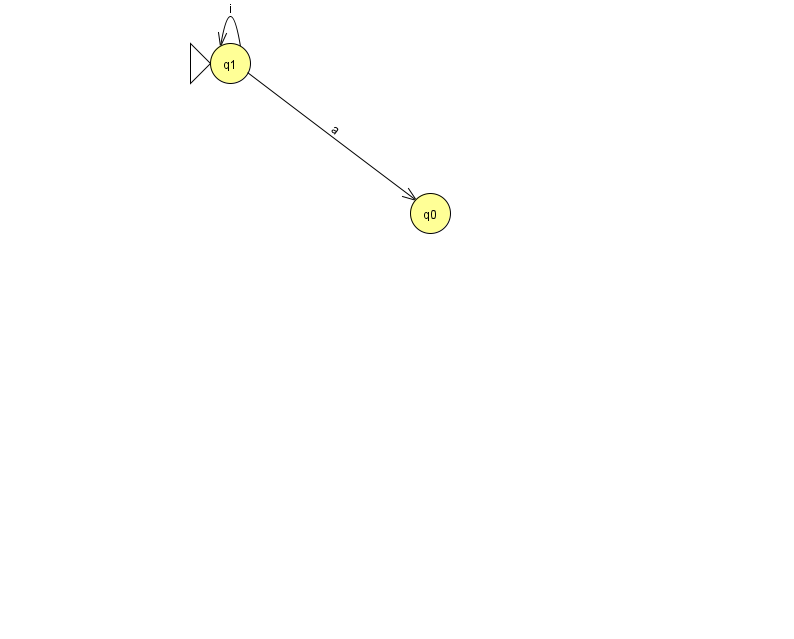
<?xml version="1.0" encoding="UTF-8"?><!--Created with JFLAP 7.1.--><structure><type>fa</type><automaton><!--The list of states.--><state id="0" name="q0"><x>430.0</x><y>200.0</y></state><state id="1" name="q1"><x>230.0</x><y>50.0</y><initial/></state><!--The list of transitions.--><transition><from>1</from><to>0</to><read>a</read></transition><transition><from>1</from><to>1</to><read>i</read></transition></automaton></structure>